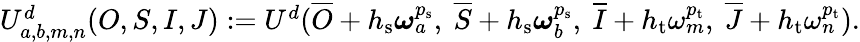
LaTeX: \begin{array}{r}{U_{a,b,m,n}^{d}(O,S,I,J):=U^{d}(\overline{{O}}+h_{\mathrm{s}}\boldsymbol{\omega}_{a}^{p_{\mathrm{s}}},\ \overline{{S}}+h_{\mathrm{s}}\boldsymbol{\omega}_{b}^{p_{\mathrm{s}}},\ \overline{{I}}+h_{\mathrm{t}}\omega_{m}^{p_{\mathrm{t}}},\ \overline{{J}}+h_{\mathrm{t}}\omega_{n}^{p_{\mathrm{t}}}).}\end{array}